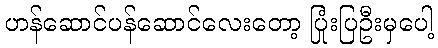
ဟန်ဆောင်ပန်ဆောင်လေးတော့ ပြုံးပြဦးမှပေါ့